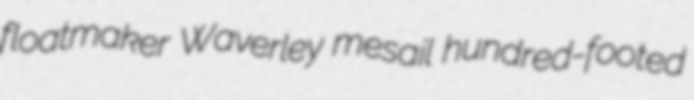
floatmaker Waverley mesail hundred-footed